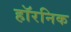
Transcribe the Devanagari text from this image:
हॉरनिक